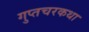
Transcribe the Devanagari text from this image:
गुप्तचरकथा